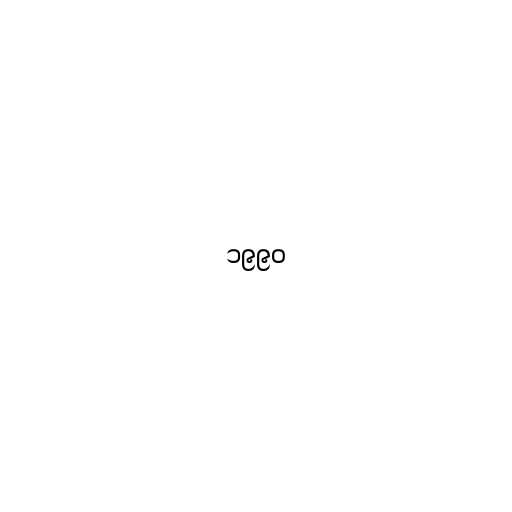
၁၉၉၀